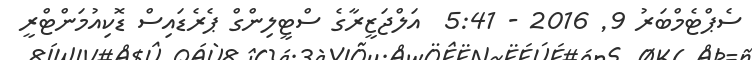
ސެޕްޓެމްބަރު 9